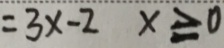
= 3 x - 2 x \geq 0